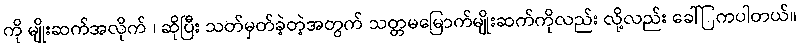
ကို မျိုးဆက်အလိုက် ၊ ဆိုပြီး သတ်မှတ်ခဲ့တဲ့အတွက် သတ္တမမြောက်မျိုးဆက်ကိုလည်း လို့လည်း ခေါ်ြကပါတယ်။